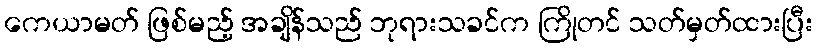
ကေယာမတ် ဖြစ်မည့် အချိန်သည် ဘုရားသခင်က ကြိုတင် သတ်မှတ်ထားပြီး